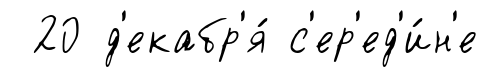
20 д'екабр'я́ с'ер'ед'и́н'е